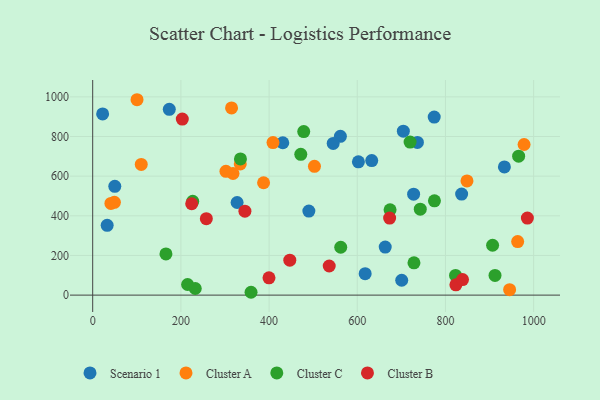
{"axis": {"x": "Ad Spend", "y": "Exam Score"}, "legend": ["Cluster A", "Cluster B", "Cluster C", "Scenario 1"], "data": [{"x": "632.8", "y": 678.7, "type": "Scenario 1"}, {"x": "663.4", "y": 242.3, "type": "Scenario 1"}, {"x": "490.2", "y": 423.6, "type": "Scenario 1"}, {"x": "22.5", "y": 913.7, "type": "Scenario 1"}, {"x": "836.7", "y": 509.7, "type": "Scenario 1"}, {"x": "736.4", "y": 770.0, "type": "Scenario 1"}, {"x": "774.5", "y": 898.0, "type": "Scenario 1"}, {"x": "602.6", "y": 672.1, "type": "Scenario 1"}, {"x": "933.7", "y": 646.5, "type": "Scenario 1"}, {"x": "50.1", "y": 548.7, "type": "Scenario 1"}, {"x": "561.7", "y": 800.6, "type": "Scenario 1"}, {"x": "32.8", "y": 352.2, "type": "Scenario 1"}, {"x": "327.5", "y": 467.0, "type": "Scenario 1"}, {"x": "700.8", "y": 74.9, "type": "Scenario 1"}, {"x": "617.9", "y": 108.3, "type": "Scenario 1"}, {"x": "431.1", "y": 768.5, "type": "Scenario 1"}, {"x": "173.7", "y": 937.0, "type": "Scenario 1"}, {"x": "704.5", "y": 826.7, "type": "Scenario 1"}, {"x": "545.4", "y": 764.9, "type": "Scenario 1"}, {"x": "727.8", "y": 509.0, "type": "Scenario 1"}, {"x": "314.9", "y": 944.0, "type": "Cluster A"}, {"x": "945.5", "y": 27.6, "type": "Cluster A"}, {"x": "978.3", "y": 759.6, "type": "Cluster A"}, {"x": "387.5", "y": 566.7, "type": "Cluster A"}, {"x": "334.7", "y": 661.4, "type": "Cluster A"}, {"x": "318.2", "y": 613.4, "type": "Cluster A"}, {"x": "100.5", "y": 985.4, "type": "Cluster A"}, {"x": "49.2", "y": 468.2, "type": "Cluster A"}, {"x": "502.9", "y": 649.7, "type": "Cluster A"}, {"x": "110.1", "y": 659.3, "type": "Cluster A"}, {"x": "302.2", "y": 624.2, "type": "Cluster A"}, {"x": "41.3", "y": 462.2, "type": "Cluster A"}, {"x": "963.8", "y": 270.0, "type": "Cluster A"}, {"x": "408.9", "y": 769.1, "type": "Cluster A"}, {"x": "848.8", "y": 576.1, "type": "Cluster A"}, {"x": "478.6", "y": 824.6, "type": "Cluster C"}, {"x": "719.8", "y": 771.8, "type": "Cluster C"}, {"x": "166.1", "y": 207.8, "type": "Cluster C"}, {"x": "906.9", "y": 251.5, "type": "Cluster C"}, {"x": "215.2", "y": 53.5, "type": "Cluster C"}, {"x": "674.4", "y": 430.0, "type": "Cluster C"}, {"x": "742.9", "y": 433.6, "type": "Cluster C"}, {"x": "471.9", "y": 709.9, "type": "Cluster C"}, {"x": "562.5", "y": 241.3, "type": "Cluster C"}, {"x": "966.0", "y": 700.5, "type": "Cluster C"}, {"x": "226.8", "y": 473.1, "type": "Cluster C"}, {"x": "359.1", "y": 14.3, "type": "Cluster C"}, {"x": "232.6", "y": 33.3, "type": "Cluster C"}, {"x": "912.4", "y": 99.5, "type": "Cluster C"}, {"x": "775.0", "y": 475.3, "type": "Cluster C"}, {"x": "335.1", "y": 686.9, "type": "Cluster C"}, {"x": "822.9", "y": 99.5, "type": "Cluster C"}, {"x": "728.6", "y": 162.9, "type": "Cluster C"}, {"x": "536.4", "y": 146.8, "type": "Cluster B"}, {"x": "673.4", "y": 388.3, "type": "Cluster B"}, {"x": "447.0", "y": 176.3, "type": "Cluster B"}, {"x": "985.8", "y": 388.7, "type": "Cluster B"}, {"x": "823.6", "y": 51.8, "type": "Cluster B"}, {"x": "345.2", "y": 423.3, "type": "Cluster B"}, {"x": "224.5", "y": 460.8, "type": "Cluster B"}, {"x": "399.8", "y": 87.3, "type": "Cluster B"}, {"x": "257.7", "y": 385.7, "type": "Cluster B"}, {"x": "203.2", "y": 888.0, "type": "Cluster B"}, {"x": "838.7", "y": 78.1, "type": "Cluster B"}]}